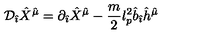
{ \cal D } _ { \hat { \imath } } { \hat { X } } ^ { \hat { \mu } } = \partial _ { \hat { \imath } } { \hat { X } } ^ { \hat { \mu } } - \frac { m } { 2 } l _ { p } ^ { 2 } { \hat { b } } _ { \hat { \imath } } { \hat { h } } ^ { \hat { \mu } }